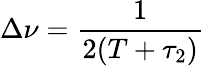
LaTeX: \Delta\nu=\frac{1}{2(T+\tau_{2})}